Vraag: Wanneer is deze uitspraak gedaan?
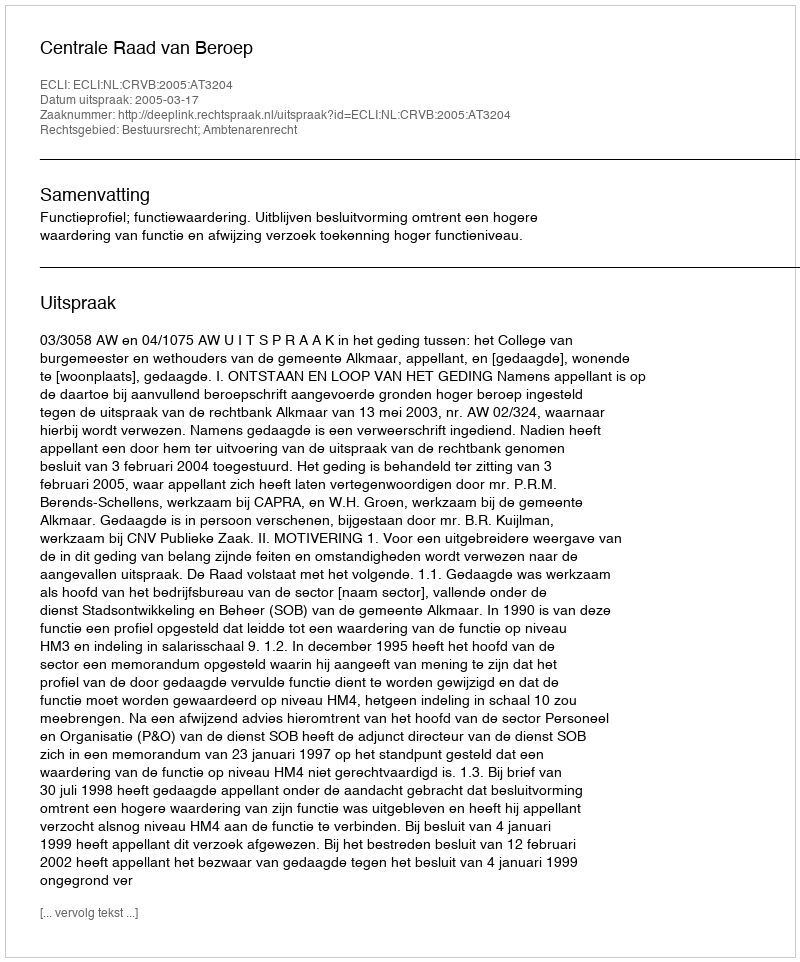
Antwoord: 2005-03-17